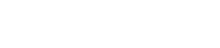
ငါ့အရင် မင်းကပြောကွယ်